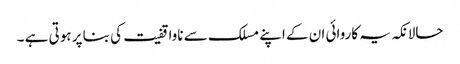
حالانکہ یہ کاروائی ان کے اپنے مسلک سے ناواقفیت کی بنا پر ہوتی ہے ۔